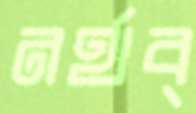
নর্থব্